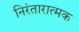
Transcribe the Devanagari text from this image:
निरंतारात्मक